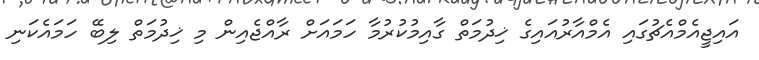
އައިޖީއެމްއެޗުގައި އެމްއާރުއައިގެ ޚިދުމަތް ގާއިމުކުރުމާ ހަމައަށް ރާއްޖެއިން މި ޚިދުމަތް ލިބޭ ހަމައެކަނި